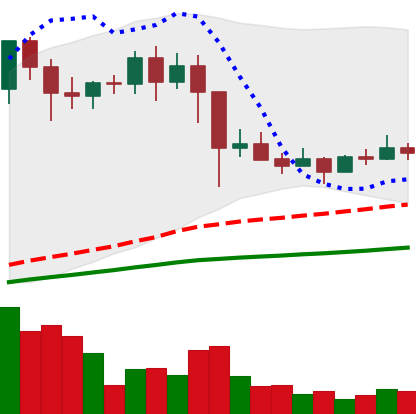
Ticker: EOS-USD
Chart end date: 2021-03-04
Forward return: 11.065%
Label: up_7plus